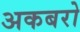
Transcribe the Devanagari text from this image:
अकबरो